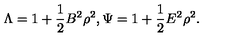
\Lambda = 1 + \frac { 1 } { 2 } B ^ { 2 } \rho ^ { 2 } , \Psi = 1 + \frac { 1 } { 2 } E ^ { 2 } \rho ^ { 2 } .